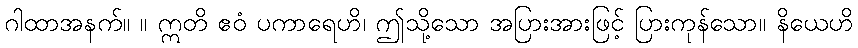
ဂါထာအနက်။ ။ ဣတိ ဧဝံ ပကာရေဟိ၊ ဤသို့သော အပြားအားဖြင့် ပြားကုန်သော။ နိယေဟိ